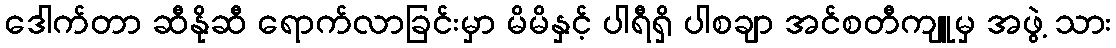
ဒေါက်တာ ဆီနိုဆီ ရောက်လာခြင်းမှာ မိမိနှင့် ပါရီရှိ ပါစချာ အင်စတီကျူမှ အဖွဲ့ သား